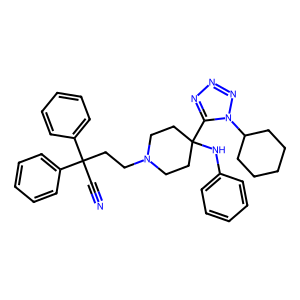
SMILES: N#CC(CCN1CCC(Nc2ccccc2)(c2nnnn2C2CCCCC2)CC1)(c1ccccc1)c1ccccc1
Inhibits HIV replication: No